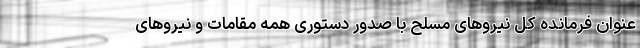
عنوان فرمانده کل نیروهای مسلح با صدور دستوری همه مقامات و نیروهای